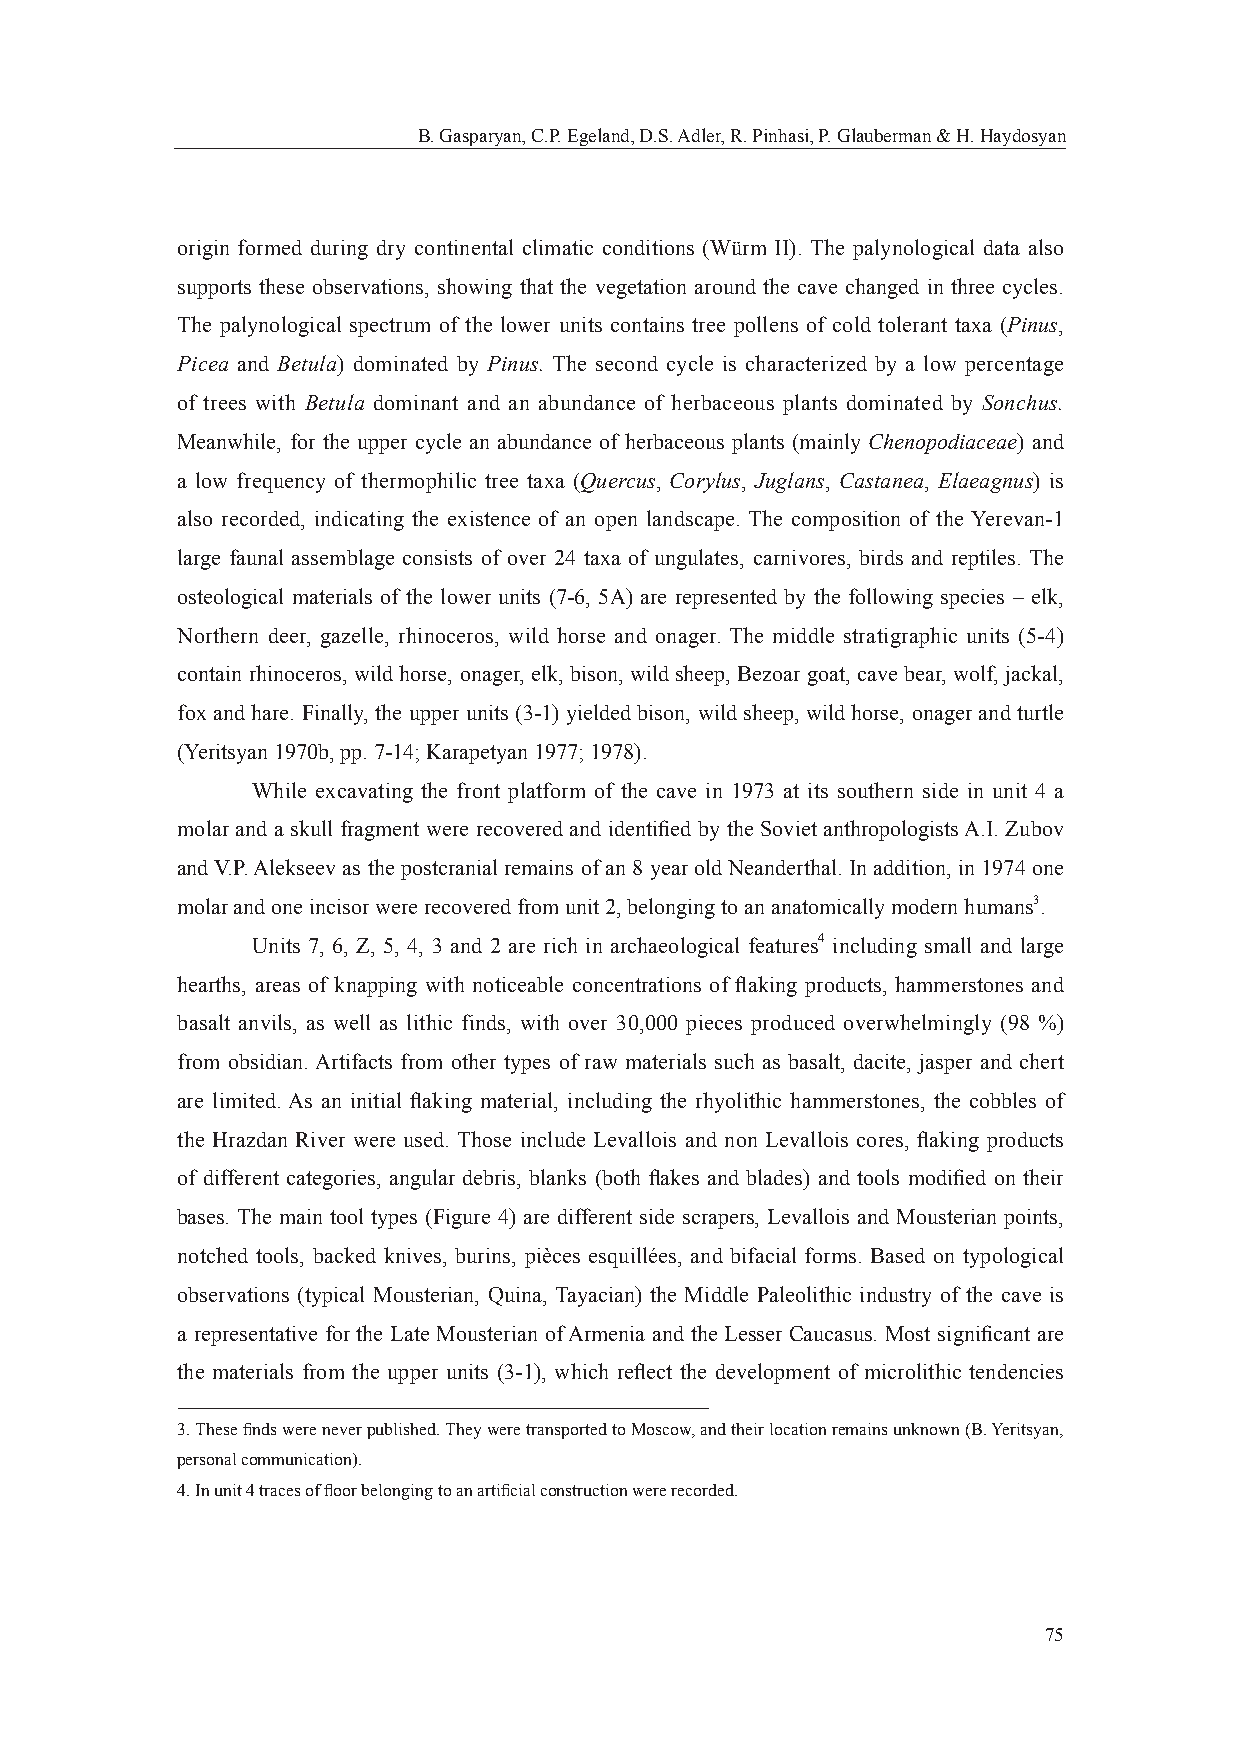
B. Gasparyan, C.P. Egeland, D.S. Adler, R. Pinhasi, P. Glauberman & H. Haydosyan
 origin formed during dry continental climatic conditions (Würm II). The palynological data also
 supports these observations, showing that the vegetation around the cave changed in three cycles.
 The palynological spectrum of the lower units contains tree pollens of cold tolerant taxa (Pinus,
 Picea and Betula) dominated by Pinus. The second cycle is characterized by a low percentage
 of trees with Betula dominant and an abundance of herbaceous plants dominated by Sonchus.
 Meanwhile, for the upper cycle an abundance of herbaceous plants (mainly Chenopodiaceae) and
 a low frequency of thermophilic tree taxa (Quercus, Corylus, Juglans, Castanea, Elaeagnus) is
 also recorded, indicating the existence of an open landscape. The composition of the Yerevan-1
 large faunal assemblage consists of over 24 taxa of ungulates, carnivores, birds and reptiles. The
 osteological materials of the lower units (7-6, 5A) are represented by the following species – elk,
 Northern deer, gazelle, rhinoceros, wild horse and onager. The middle stratigraphic units (5-4)
 contain rhinoceros, wild horse, onager, elk, bison, wild sheep, Bezoar goat, cave bear, wolf, jackal,
 fox and hare. Finally, the upper units (3-1) yielded bison, wild sheep, wild horse, onager and turtle
 (Yeritsyan 1970b, pp. 7-14; Karapetyan 1977; 1978).
 While excavating the front platform of the cave in 1973 at its southern side in unit 4 a
 molar and a skull fragment were recovered and identifi ed by the Soviet anthropologists A.I. Zubov
 and V.P. Alekseev as the postcranial remains of an 8 year old Neanderthal. In addition, in 1974 one
 molar and one incisor were recovered from unit 2, belonging to an anatomically modern humans3.
 Units 7, 6, Z, 5, 4, 3 and 2 are rich in archaeological features4 including small and large
 hearths, areas of knapping with noticeable concentrations of fl aking products, hammerstones and
 basalt anvils, as well as lithic finds, with over 30,000 pieces produced overwhelmingly (98 %)
 from obsidian. Artifacts from other types of raw materials such as basalt, dacite, jasper and chert
 are limited. As an initial fl aking material, including the rhyolithic hammerstones, the cobbles of
 the Hrazdan River were used. Those include Levallois and non Levallois cores, fl aking products
 of different categories, angular debris, blanks (both fl akes and blades) and tools modifi ed on their
 bases. The main tool types (Figure 4) are different side scrapers, Levallois and Mousterian points,
 notched tools, backed knives, burins, рièсеs esquillées, and bifacial forms. Based on typological
 observations (typical Mousterian, Quina, Tayacian) the Middle Paleolithic industry of the cave is
 a representative for the Late Mousterian of Armenia and the Lesser Caucasus. Most signifi cant are
 the materials from the upper units (3-1), which refl ect the development of microlithic tendencies
 3. These fi nds were never published. They were transported to Moscow, and their location remains unknown (B. Yeritsyan,
 personal communication).
 4. In unit 4 traces of fl oor belonging to an artifi cial construction were recorded.
 75